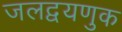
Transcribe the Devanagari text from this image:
जलद्वयणुक